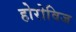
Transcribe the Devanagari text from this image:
होरोविज